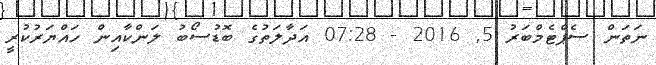
ނަތަން ސެޕްޓެމްބަރު 5